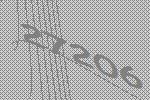
27206